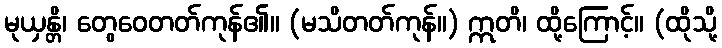
မုယှန္တိ၊ တွေဝေတတ်ကုန်၏။ (မသိတတ်ကုန်။) ဣတိ၊ ထို့ကြောင့်။ (ထိုသို့